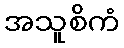
အသူစိကံ